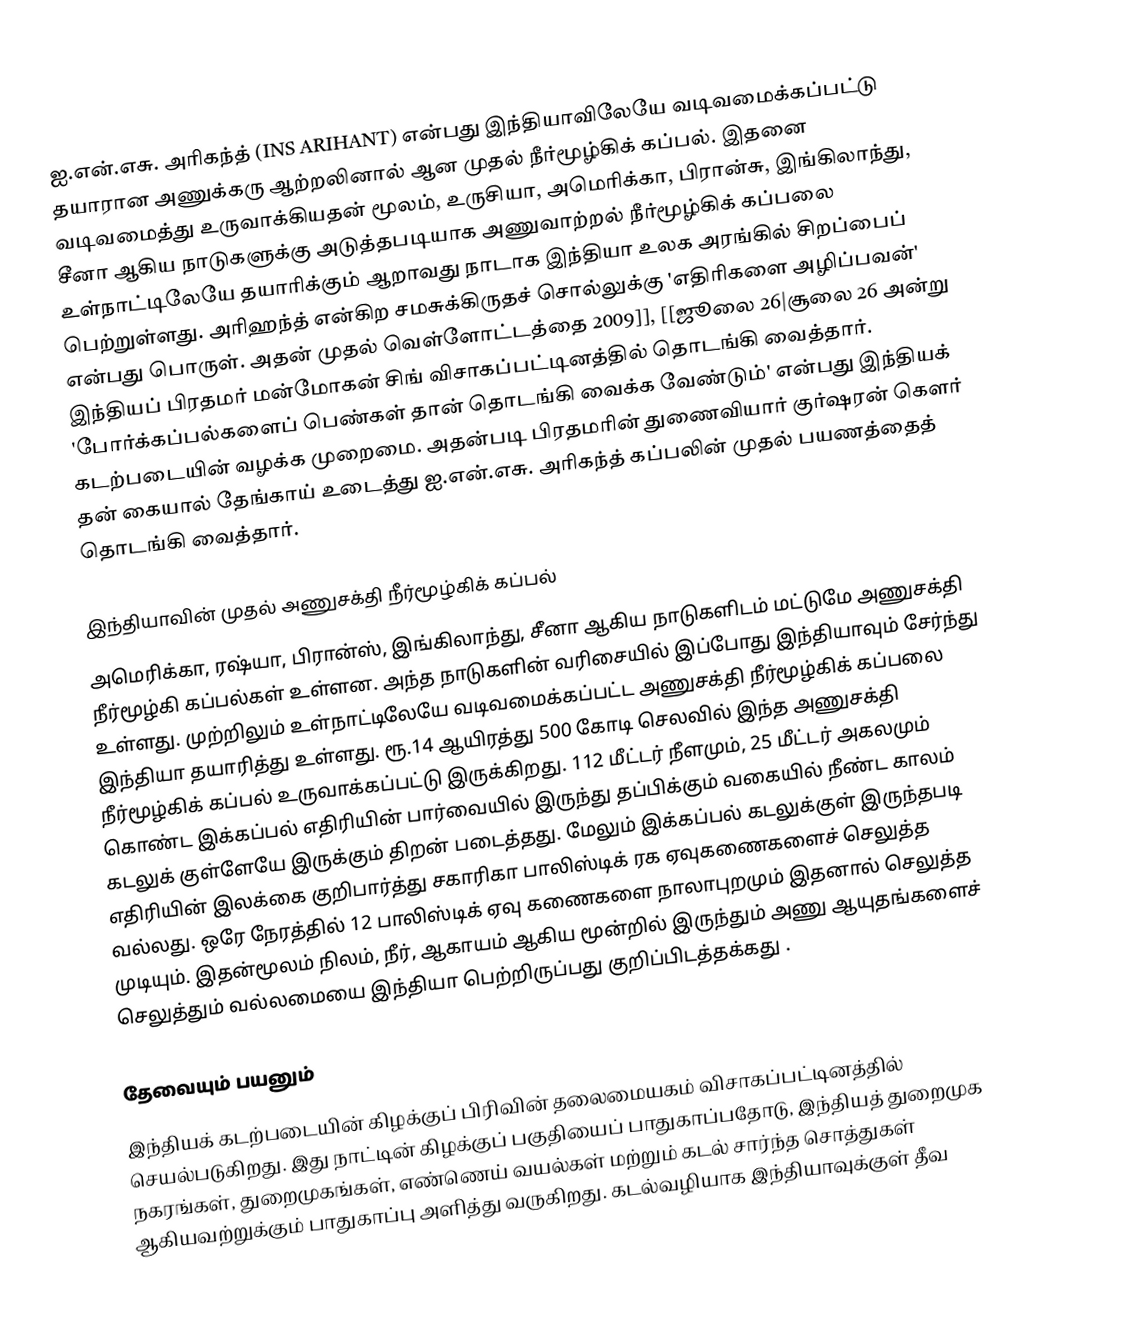
ஐ.என்.எசு. அரிகந்த் (INS ARIHANT) என்பது இந்தியாவிலேயே வடிவமைக்கப்பட்டு தயாரான அணுக்கரு ஆற்றலினால் ஆன முதல் நீர்மூழ்கிக் கப்பல். இதனை வடிவமைத்து உருவாக்கியதன் மூலம், உருசியா, அமெரிக்கா, பிரான்சு, இங்கிலாந்து, சீனா ஆகிய நாடுகளுக்கு அடுத்தபடியாக அணுவாற்றல் நீர்மூழ்கிக் கப்பலை உள்நாட்டிலேயே தயாரிக்கும் ஆறாவது நாடாக இந்தியா உலக அரங்கில் சிறப்பைப் பெற்றுள்ளது. அரிஹந்த் என்கிற சமசுக்கிருதச் சொல்லுக்கு 'எதிரிகளை அழிப்பவன்' என்பது பொருள். அதன் முதல் வெள்ளோட்டத்தை 2009]], [[ஜூலை 26|சூலை 26 அன்று இந்தியப் பிரதமர் மன்மோகன் சிங் விசாகப்பட்டினத்தில் தொடங்கி வைத்தார். 'போர்க்கப்பல்களைப் பெண்கள் தான் தொடங்கி வைக்க வேண்டும்' என்பது இந்தியக் கடற்படையின் வழக்க முறைமை. அதன்படி பிரதமரின் துணைவியார் குர்ஷரன் கௌர் தன் கையால் தேங்காய் உடைத்து ஐ.என்.எசு. அரிகந்த் கப்பலின் முதல் பயணத்தைத் தொடங்கி வைத்தார்.

இந்தியாவின் முதல் அணுசக்தி நீர்மூழ்கிக் கப்பல்
அமெரிக்கா, ரஷ்யா, பிரான்ஸ், இங்கிலாந்து, சீனா ஆகிய நாடுகளிடம் மட்டுமே அணுசக்தி நீர்மூழ்கி கப்பல்கள் உள்ளன. அந்த நாடுகளின் வரிசையில் இப்போது இந்தியாவும் சேர்ந்து உள்ளது. முற்றிலும் உள்நாட்டிலேயே வடிவமைக்கப்பட்ட அணுசக்தி நீர்மூழ்கிக் கப்பலை இந்தியா தயாரித்து உள்ளது. ரூ.14 ஆயிரத்து 500 கோடி செலவில் இந்த அணுசக்தி நீர்மூழ்கிக் கப்பல் உருவாக்கப்பட்டு இருக்கிறது. 112 மீட்டர் நீளமும், 25 மீட்டர் அகலமும் கொண்ட இக்கப்பல் எதிரியின் பார்வையில் இருந்து தப்பிக்கும் வகையில் நீண்ட காலம் கடலுக் குள்ளேயே இருக்கும் திறன் படைத்தது. மேலும் இக்கப்பல் கடலுக்குள் இருந்தபடி எதிரியின் இலக்கை குறிபார்த்து சகாரிகா பாலிஸ்டிக் ரக ஏவுகணைகளைச் செலுத்த வல்லது. ஒரே நேரத்தில் 12 பாலிஸ்டிக் ஏவு கணைகளை நாலாபுறமும் இதனால் செலுத்த முடியும். இதன்மூலம் நிலம், நீர், ஆகாயம் ஆகிய மூன்றில் இருந்தும் அணு ஆயுதங்களைச் செலுத்தும் வல்லமையை இந்தியா பெற்றிருப்பது குறிப்பிடத்தக்கது .

தேவையும் பயனும்
இந்தியக் கடற்படையின் கிழக்குப் பிரிவின் தலைமையகம் விசாகப்பட்டினத்தில் செயல்படுகிறது. இது நாட்டின் கிழக்குப் பகுதியைப் பாதுகாப்பதோடு, இந்தியத் துறைமுக நகரங்கள், துறைமுகங்கள், எண்ணெய் வயல்கள் மற்றும் கடல் சார்ந்த சொத்துகள் ஆகியவற்றுக்கும் பாதுகாப்பு அளித்து வருகிறது. கடல்வழியாக இந்தியாவுக்குள் தீவ